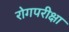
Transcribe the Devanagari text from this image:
रोगपरीक्षा